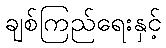
ချစ်ကြည်ရေးနှင့်